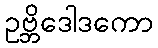
ဥဗ္ဘိဒေါဒကော